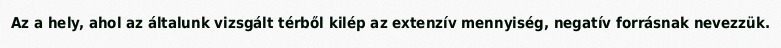
Az a hely, ahol az általunk vizsgált térből kilép az extenzív mennyiség, negatív forrásnak nevezzük.